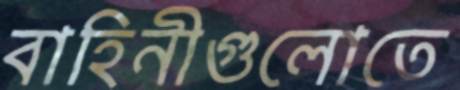
বাহিনীগুলোতে